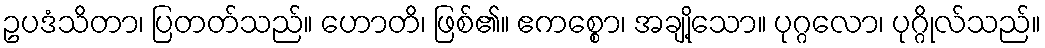
ဥပဒံသိတာ၊ ပြတတ်သည်။ ဟောတိ၊ ဖြစ်၏။ ဧကစ္စော၊ အချို့သော။ ပုဂ္ဂလော၊ ပုဂ္ဂိုလ်သည်။